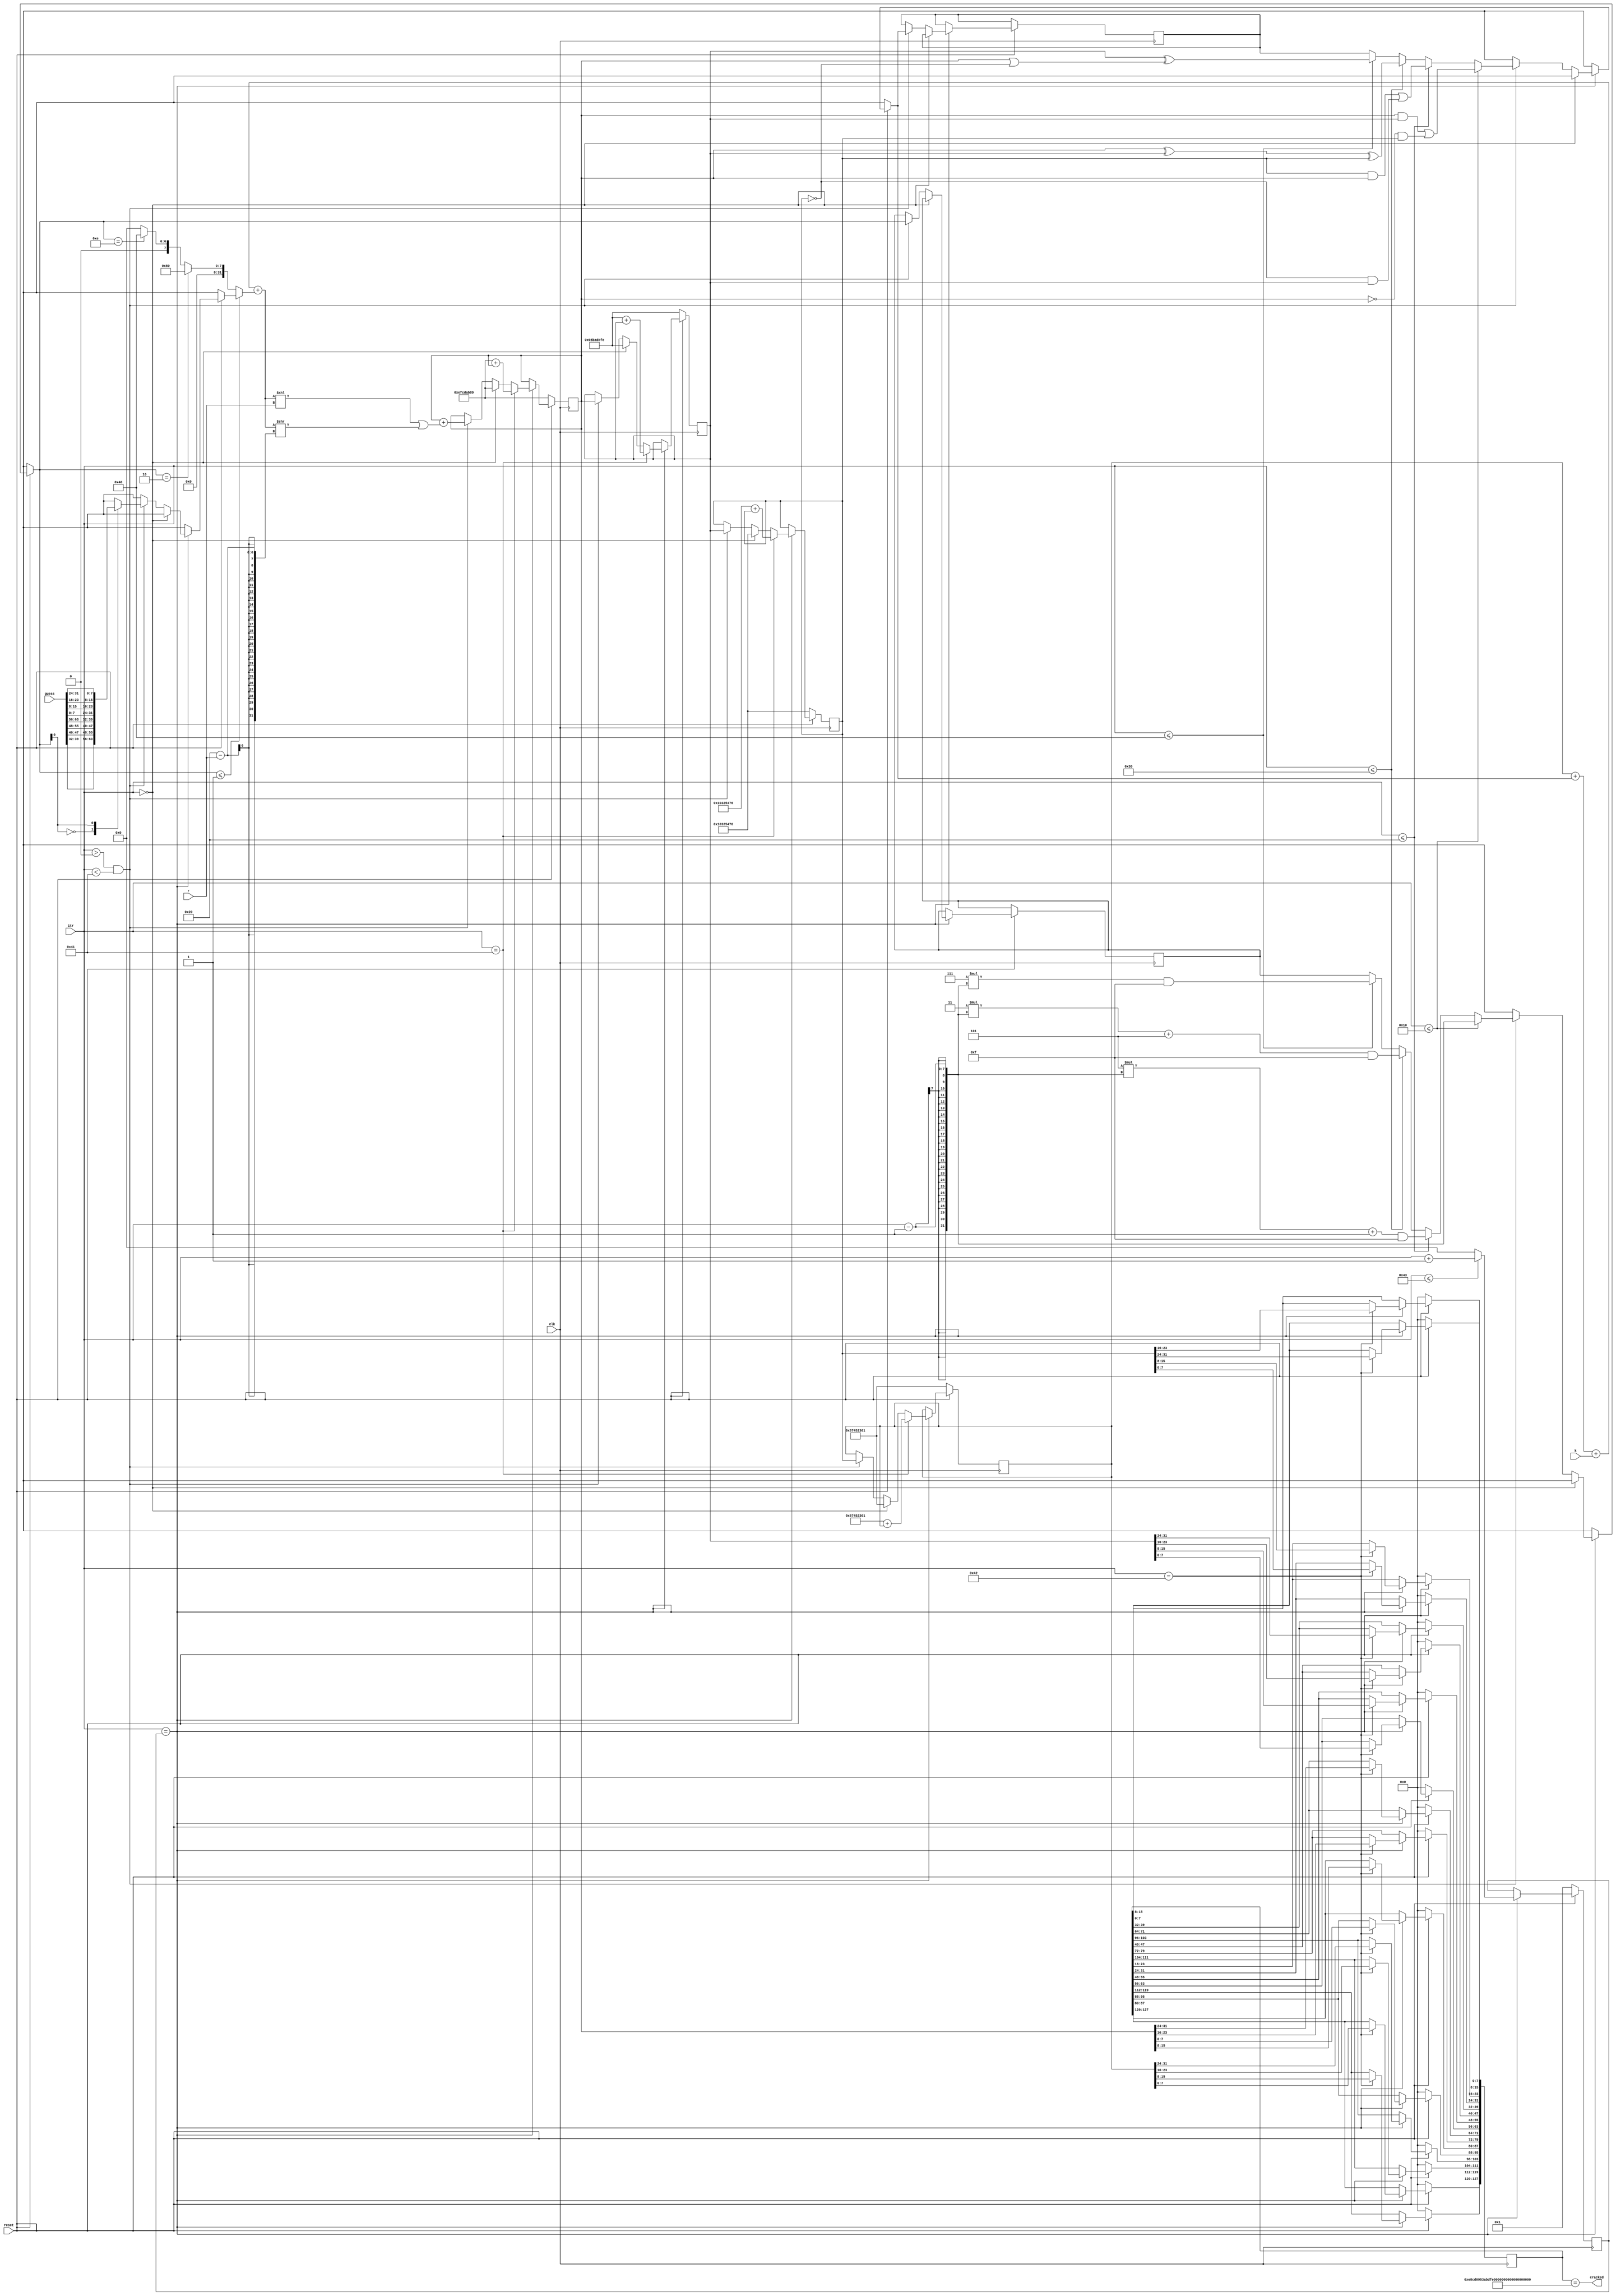
`timescale 1ns / 1ps
//////////////////////////////////////////////////////////////////////////////////
// Company: 
// Engineer: 
// 
// Design Name: 
// Module Name: mmd5
// Project Name: 
// Target Devices: 
// Tool Versions: 
// Description: 
// 
// Dependencies: 
// 
// Revision:
// Revision 0.01 - File Created
// Additional Comments:
// 
//////////////////////////////////////////////////////////////////////////////////

module mmd5(
  input clk,
  input reset,
  input [63:0]guess,
  input [6:0]itr,
  
  input [4:0] r,
  input [31:0] k,

  output cracked
);

reg [0:127] passwd_hash = 128'hE8CD0953ABDFDE433DFEC7FAA70DF7F6;


reg [0:127] md5_guess = 0;

assign cracked = (md5_guess==passwd_hash);





reg [31:0]a;//h0
reg [31:0]b;//h1
reg [31:0]c;//h2
reg [31:0]d;//h3

reg [6:0] nextitr;

reg [31:0]f;
reg [31:0]g;

wire [31:0]w[1:0];


assign w[0]={
  guess[39:32],
  guess[47:40],
  guess[55:48],
  guess[63:56]
};

assign w[1]={
  guess[7:0],
  guess[15:8],
  guess[23:16],
  guess[31:24]
};


function [31:0]leftrotate;
  input [31:0]x;
  input [4:0] c;
  begin
    leftrotate=((x) << (c)) | ((x) >> (32 - (c)));
  end
endfunction



integer j;

always @(posedge clk ) begin

  if(~reset)begin
  md5_guess<=0;
  nextitr <= 1;
  a<=32'h67452301;
  b<=32'hefcdab89;
  c<=32'h98badcfe;
  d<=32'h10325476;
  end

  else if(itr==nextitr)begin
    
    
    if(itr<=67)nextitr<=itr+1;
    else nextitr<=0;
    
    if(itr==0)begin
      a<=32'h67452301;
      b<=32'hefcdab89;
      c<=32'h98badcfe;
      d<=32'h10325476;
    end

    else if(itr>0 && itr<65)begin

      if(itr<=16)begin
        f = (b & c) | ((~b) & d);
        g = itr-1;
      end

      else if(itr<=32)begin
        f = (d & b) | ((~d) & c);
        g = (5*(itr-1)+1 ) & 32'd15;
      end
      
      else if(itr<=48)begin
        f = b ^ c ^ d;
        g = (3*(itr-1) +5) & 32'd15;
      end
      
      else if(itr<=64)begin
        f = c ^ (b | (~d));
        g = (7*(itr-1)) & 32'd15;
      end
      
      d <= c;
      c <= b;
      b <= b + leftrotate((a + f + k + ((g<=1)? w[g]:((g==2)? 128 : ((g==14)? 32'd64:0)))), r);//w[14]=64
      a <= d;

    end 
    



    if( itr == 65 )begin
      a<= 32'h67452301 + a;
      b<= 32'hefcdab89 + b;
      c<= 32'h98badcfe + c;
      d<= 32'h10325476 + d;
    end 
    

    if( itr == 66 )begin
      for( j = 0 ; j < 4 ; j = j+1 )begin
        md5_guess[8*(j+0)+:8]<=a[8*j+:8];
        md5_guess[8*(j+4)+:8]<=b[8*j+:8];
        md5_guess[8*(j+8)+:8]<=c[8*j+:8];
        md5_guess[8*(j+12)+:8]<=d[8*j+:8];
      end
    end 
    

  end
end

endmodule